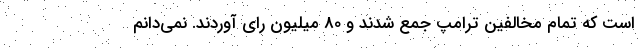
است که تمام مخالفین ترامپ جمع شدند و 80 میلیون رای آوردند. نمی‌دانم